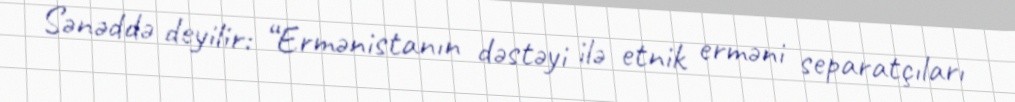
Sənəddə deyilir: “Ermənistanın dəstəyi ilə etnik erməni separatçıları